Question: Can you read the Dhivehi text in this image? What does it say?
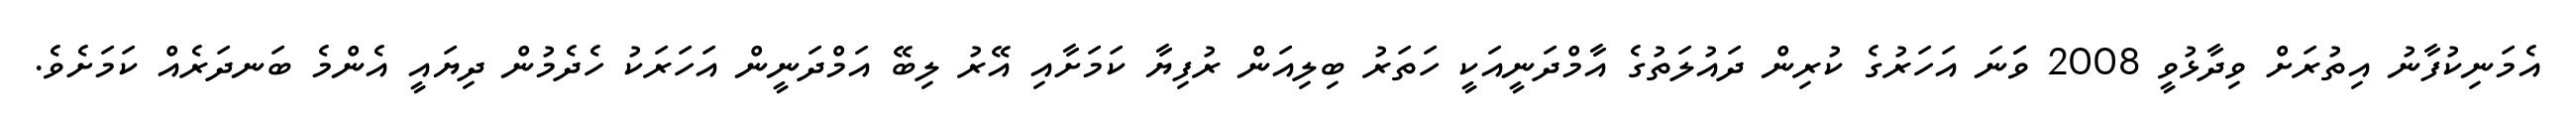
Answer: އެމަނިކުފާނު އިތުރަށް ވިދާޅުވީ 2008 ވަަނަ އަހަރުގެ ކުރިން ދައުލަތުގެ އާމްދަނީއަކީ ހަތަރު ބިލިއަން ރުފިޔާ ކަމަށާއި އޭރު ލިބޭ އަމްދަނީން އަހަރަކު ހެދެމުން ދިޔައީ އެންމެ ބަނދަރެއް ކަމަށެވެ.